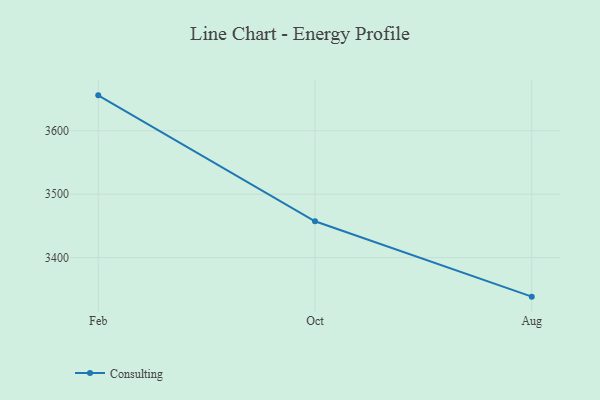
{"axis": {"x": "Month", "y": "Headcount"}, "legend": ["Consulting"], "data": [{"x": "Feb", "y": 3655.9, "type": "Consulting"}, {"x": "Oct", "y": 3457.3, "type": "Consulting"}, {"x": "Aug", "y": 3338.4, "type": "Consulting"}]}